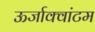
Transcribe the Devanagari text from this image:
ऊर्जाक्वांटम